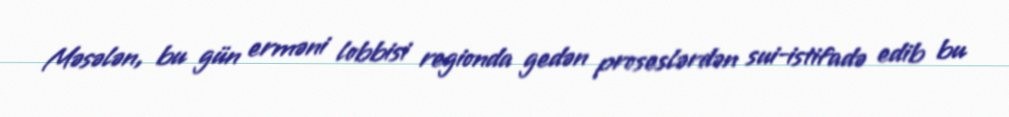
Məsələn, bu gün erməni lobbisi regionda gedən proseslərdən sui-istifadə edib bu